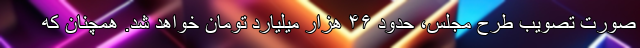
صورت تصویب طرح مجلس، حدود ۴۶ هزار میلیارد تومان خواهد شد. همچنان که